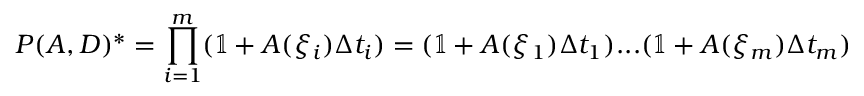
P ( A , D ) ^ { * } = \prod _ { i = 1 } ^ { m } ( \mathbb { 1 } + A ( \xi _ { i } ) \Delta t _ { i } ) = ( \mathbb { 1 } + A ( \xi _ { 1 } ) \Delta t _ { 1 } ) . . . ( \mathbb { 1 } + A ( \xi _ { m } ) \Delta t _ { m } )